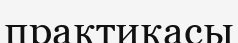
практикасы